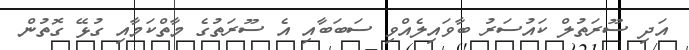
އަދި ސޫރަތުލް ކައުސަރު ބާވައިލެއްވި ސަބަބާއި އެ ސޫރަތުގެ މާތްކަމާއި ގުޅޭ ގޮތުން